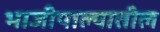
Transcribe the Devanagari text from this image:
भाजीपाल्यातील